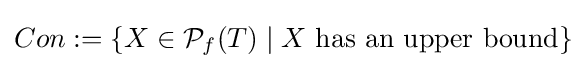
Con:=\{X\in {\mathcal {P}}_{f}(T)\mid X{\mbox{ has an upper bound}}\}